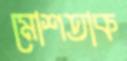
মোশতাক